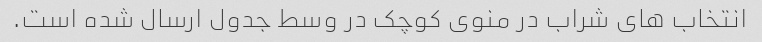
انتخاب های شراب در منوی کوچک در وسط جدول ارسال شده است.